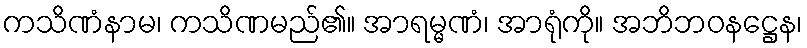
ကသိဏံနာမ၊ ကသိဏမည်၏။ အာရမ္မဏံ၊ အာရုံကို။ အဘိဘဝနဋ္ဌေန၊